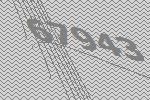
67943